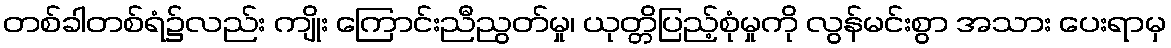
တစ်ခါတစ်ရံ၌လည်း ကျိုး ကြောင်းညီညွတ်မှု၊ ယုတ္တိပြည့်စုံမှုကို လွန်မင်းစွာ အသား ပေးရာမှ